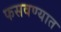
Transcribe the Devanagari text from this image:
फसवण्यात